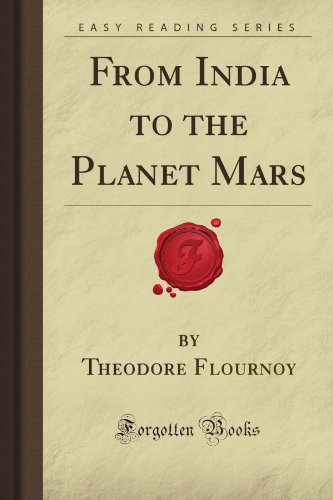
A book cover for From India to the Planet Mars (Forgotten Books); Theodore Walker Flournoy; Science & Math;